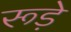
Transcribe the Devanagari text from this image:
रूड़े